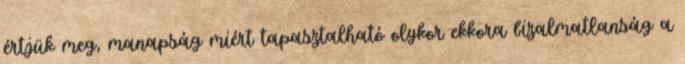
értjük meg, manapság miért tapasztalható olykor ekkora bizalmatlanság a